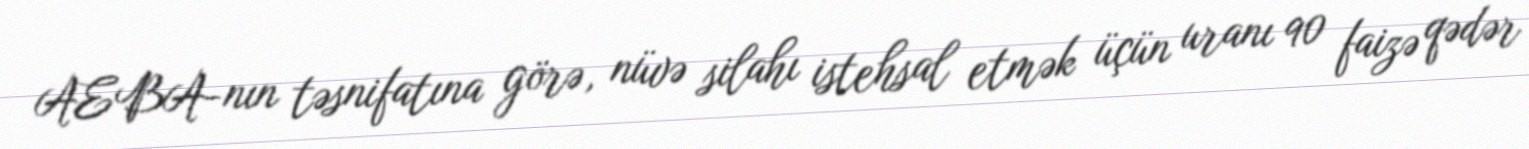
AEBA-nın təsnifatına görə, nüvə silahı istehsal etmək üçün uranı 90 faizə qədər